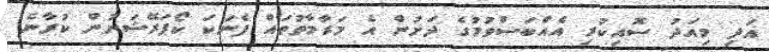
އަދި މިއަދު ސޮއިކުރި އެއްބަސްވުމުގެ ދަށުން އެ މަރާމާތުތައް ފެނަކަ ކޯޕަރޭޝަނުން ކުރާނެ